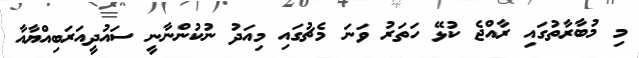
މި މުބާރާތުގައި ރާއްޖެ ކުޅޭ ހަތަރު ވަނަ މެޗުގައި މިއަދު ނުކުންނާނީ ސައުދީއަރަބިއްޔާއާ